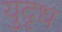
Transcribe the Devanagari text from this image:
युदृध